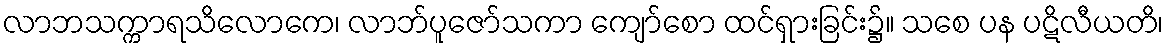
လာဘသက္ကာရသိလောကေ၊ လာဘ်ပူဇော်သကာ ကျော်စော ထင်ရှားခြင်း၌။ သစေ ပန ပဋိလီယတိ၊